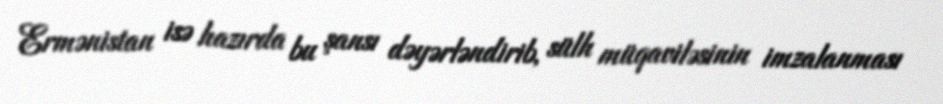
Ermənistan isə hazırda bu şansı dəyərləndirib, sülh müqaviləsinin imzalanması